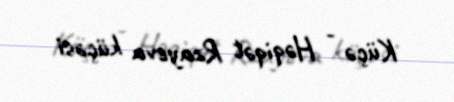
Küçə - Həqiqət Rzayeva küçəsi